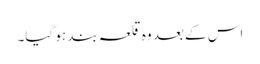
اس کے بعد وہ قلعہ بند ہو گیا۔